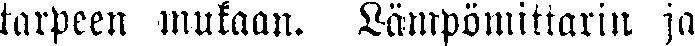
tarpeen mukaan. Lämpömittarin ja